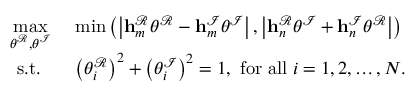
\begin{array} { r l } { \underset { \boldsymbol { \theta } ^ { \mathcal { R } } , \boldsymbol { \theta } ^ { \mathcal { I } } } { \operatorname* { m a x } } } & { \ \operatorname* { m i n } \left( \left| \mathbf { h } _ { m } ^ { \mathcal { R } } \boldsymbol { \theta } ^ { \mathcal { R } } - \mathbf { h } _ { m } ^ { \mathcal { I } } \boldsymbol { \theta } ^ { \mathcal { I } } \right| , \left| \mathbf { h } _ { n } ^ { \mathcal { R } } \boldsymbol { \theta } ^ { \mathcal { I } } + \mathbf { h } _ { n } ^ { \mathcal { I } } \boldsymbol { \theta } ^ { \mathcal { R } } \right| \right) } \\ { \mathrm { s . t . } \; \; } & { \ \left( \theta _ { i } ^ { \mathcal { R } } \right) ^ { 2 } + \left( \theta _ { i } ^ { \mathcal { I } } \right) ^ { 2 } = 1 , \ \mathrm { f o r ~ a l l } \; i = 1 , 2 , \dots , N . } \end{array}